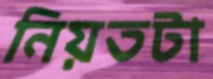
নিয়তটা